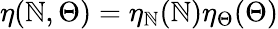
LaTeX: \eta(\mathbb{N},\Theta)=\eta_{\mathbb{N}}(\mathbb{N})\eta_{\Theta}(\Theta)